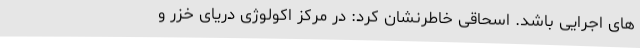
های اجرایی باشد. اسحاقی خاطرنشان کرد: در مرکز اکولوژی دریای خزر و